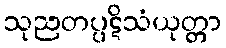
သုညတပ္ပဋိသံယုတ္တာ